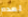
لعدم